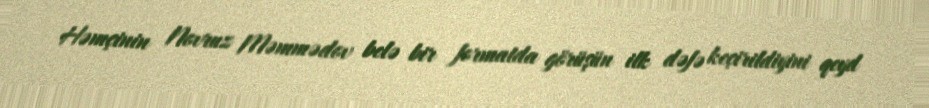
Həmçinin Novruz Məmmədov belə bir formatda görüşün ilk dəfə keçirildiyini qeyd